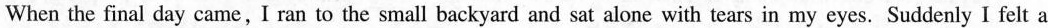
When the final day came, I ran to the small backyard and sat alone with tears in my eyes. Suddenly I felt a